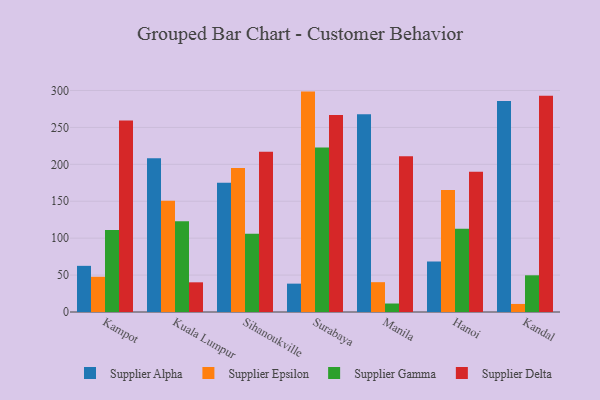
{"axis": {"x": "City", "y": "Population (Million)"}, "legend": ["Supplier Alpha", "Supplier Delta", "Supplier Epsilon", "Supplier Gamma"], "data": [{"x": "Kampot", "y": 62.5, "type": "Supplier Alpha"}, {"x": "Kampot", "y": 47.7, "type": "Supplier Epsilon"}, {"x": "Kampot", "y": 111.2, "type": "Supplier Gamma"}, {"x": "Kampot", "y": 259.2, "type": "Supplier Delta"}, {"x": "Kuala Lumpur", "y": 208.4, "type": "Supplier Alpha"}, {"x": "Kuala Lumpur", "y": 150.7, "type": "Supplier Epsilon"}, {"x": "Kuala Lumpur", "y": 123.0, "type": "Supplier Gamma"}, {"x": "Kuala Lumpur", "y": 40.2, "type": "Supplier Delta"}, {"x": "Sihanoukville", "y": 175.2, "type": "Supplier Alpha"}, {"x": "Sihanoukville", "y": 195.1, "type": "Supplier Epsilon"}, {"x": "Sihanoukville", "y": 106.0, "type": "Supplier Gamma"}, {"x": "Sihanoukville", "y": 216.9, "type": "Supplier Delta"}, {"x": "Surabaya", "y": 38.4, "type": "Supplier Alpha"}, {"x": "Surabaya", "y": 298.5, "type": "Supplier Epsilon"}, {"x": "Surabaya", "y": 222.7, "type": "Supplier Gamma"}, {"x": "Surabaya", "y": 266.8, "type": "Supplier Delta"}, {"x": "Manila", "y": 267.9, "type": "Supplier Alpha"}, {"x": "Manila", "y": 40.4, "type": "Supplier Epsilon"}, {"x": "Manila", "y": 11.5, "type": "Supplier Gamma"}, {"x": "Manila", "y": 211.1, "type": "Supplier Delta"}, {"x": "Hanoi", "y": 68.4, "type": "Supplier Alpha"}, {"x": "Hanoi", "y": 165.4, "type": "Supplier Epsilon"}, {"x": "Hanoi", "y": 112.6, "type": "Supplier Gamma"}, {"x": "Hanoi", "y": 190.1, "type": "Supplier Delta"}, {"x": "Kandal", "y": 285.6, "type": "Supplier Alpha"}, {"x": "Kandal", "y": 10.9, "type": "Supplier Epsilon"}, {"x": "Kandal", "y": 49.7, "type": "Supplier Gamma"}, {"x": "Kandal", "y": 293.0, "type": "Supplier Delta"}]}